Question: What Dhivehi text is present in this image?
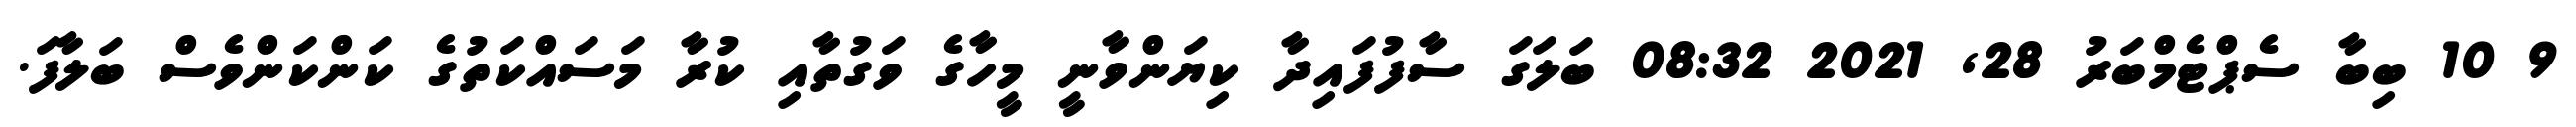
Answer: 9 10 ބިބާ ސެޕްޓެމްބަރު 28, 2021 08:32 ބަލަގަ ސާފުފައިދާ ކިޔަންވާނީ މީހާގެ ވަގުތާއި ކުރާ މަސައްކަތުގެ ކަންކަންވެސް ބަލާފަ.